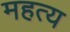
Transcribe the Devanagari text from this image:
महत्य